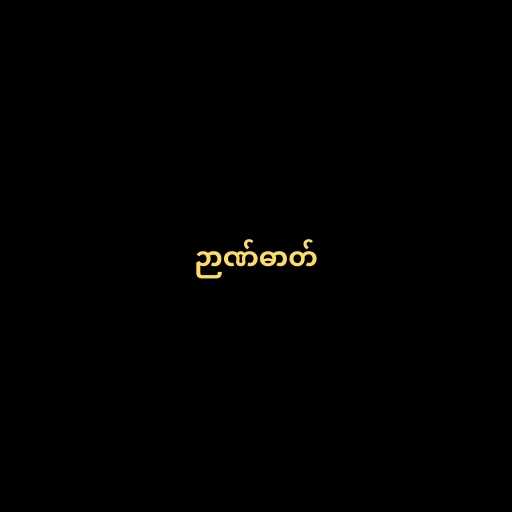
ဉာဏ်ဓာတ်